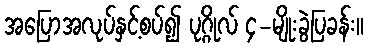
အပြောအလုပ်နှင့်စပ်၍ ပုဂ္ဂိုလ် ၄-မျိုးခွဲပြခန်း။